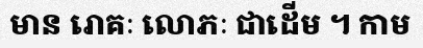
មាន រោគៈ លោភៈ ជាដើម ។ កាម